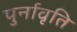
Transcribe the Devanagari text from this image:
पुर्नावृति